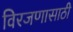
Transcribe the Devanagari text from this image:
विरजणासाठी